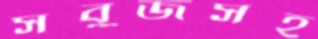
সবুজসহ